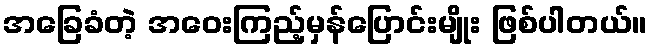
အခြေခံတဲ့ အဝေးကြည့်မှန်ပြောင်းမျိုး ဖြစ်ပါတယ်။